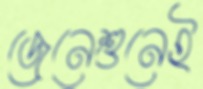
জেনেশুনেই